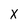
Character: X